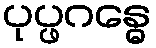
ပုပ္ဖဂန္ဓေ